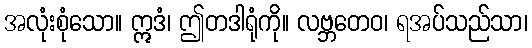
အလုံးစုံသော။ ဣဒံ၊ ဤတဒါရုံကို။ လဗ္ဘတေဝ၊ ရအပ်သည်သာ၊